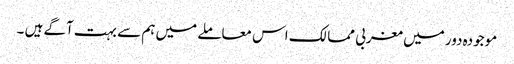
موجودہ دور میں مغربی ممالک اس معاملے میں ہم سے بہت آگے ہیں ۔